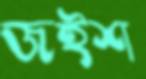
জইশ